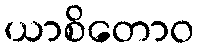
ယာစိတောဝ